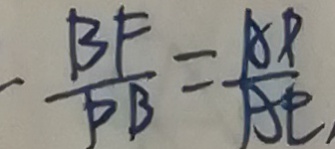
- \frac { B F } { P B } = \frac { A P } { A E } ,